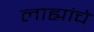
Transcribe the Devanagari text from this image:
लाह्यांचे